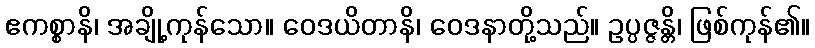
ဧကစ္စာနိ၊ အချို့ကုန်သော။ ဝေဒယိတာနိ၊ ဝေဒနာတို့သည်။ ဥပ္ပဇ္ဇန္တိ၊ ဖြစ်ကုန်၏။